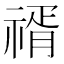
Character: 𥚩